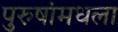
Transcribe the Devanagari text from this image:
पुरुषांमधला